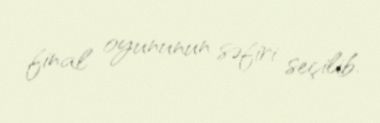
final oyununun səfiri seçilib.